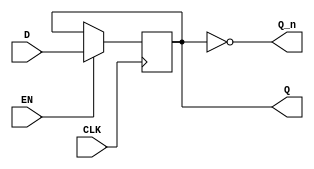
module edge_triggered_gated_latch (
    input wire D,        // Data input
    input wire EN,       // Enable control signal
    input wire CLK,      // Clock signal
    output reg Q,        // Output signal
    output wire Q_n      // Complement of the output
);

assign Q_n = ~Q; // Q' is the complement of Q

always @(posedge CLK) begin
    if (EN) begin
        Q <= D; // Capture the value of D when EN is high
    end
    // If EN is low, Q retains its previous value
end

endmodule